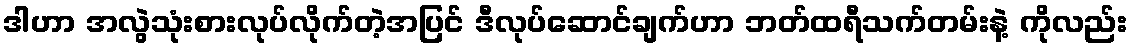
ဒါဟာ အလွဲသုံးစားလုပ်လိုက်တဲ့အပြင် ဒီလုပ်ဆောင်ချက်ဟာ ဘတ်ထရီသက်တမ်းနဲ့ ကိုလည်း